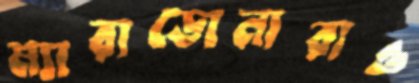
ম্যারাডোনারাও